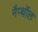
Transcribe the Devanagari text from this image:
नैप्थॉल